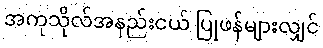
အကုသိုလ်အနည်းငယ် ပြုဖန်များလျှင်